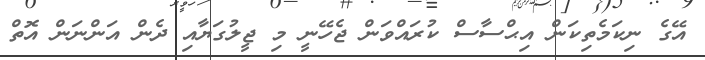
އޭގެ ނިކަމެތިކަން އިޙްސާސް ކުރައްވަން ޖެހޭނީ މި ޖީލުގަޔާއި ދެން އަންނަން އޮތް